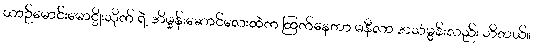
ယာဉ်မောင်းမောင္စိုးသိုက် ရဲ့ အိမ္ခန်းဆောင်လေးထဲက ထြက်နေတာ မနီလာ အသံမွန်းလည်း သိတယ်။